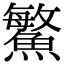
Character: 鰵